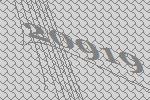
20919